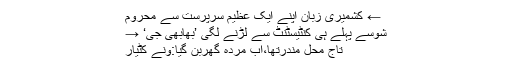
← کشمیری زبان اپنے ایک عظیم سرپرست سے محروم
شوسے پہلے ہی کنٹیسٹنٹ سے لڑنے لگی ’بھابھی جی‘ →
تاج محل مندرتھا،اب مردہ گھربن گیا:ونے کٹیار